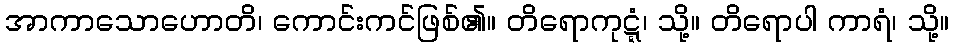
အာကာသောဟောတိ၊ ကောင်းကင်ဖြစ်၏။ တိရောကုဋ္ဋံ၊ သို့။ တိရောပါ ကာရံ၊ သို့။